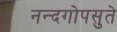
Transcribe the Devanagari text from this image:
नन्दगोपसुते